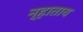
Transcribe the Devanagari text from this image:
न्हाताय